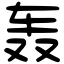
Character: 轰